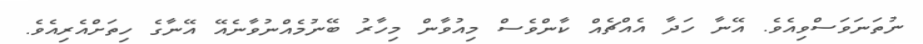
ނުތަނަވަސްވިއެވެ. އޭނާ ހަދާ އެއްޗެއް ކާންވެސް މިއުވާން މިހާރު ބޭނުމެއްނުވާނެއޭ އޭނާގެ ހިތަށްއެރިއެވެ.